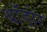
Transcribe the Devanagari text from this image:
थॉडोर